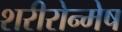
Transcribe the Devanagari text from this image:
शरीरोन्मेष